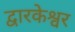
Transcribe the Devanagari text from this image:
द्वारकेश्वर